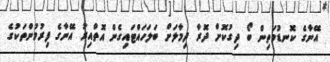
އޭނާގެ ކޮނޑުމަތިން ބޯ ދިގުކޮށް ދޮރާ ދިމާލަށް ބަލަހައްޓައިގެން އޮތްއިރު އޭނާގެ ފިރުމުންތަކުގެ